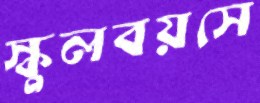
স্কুলবয়সে